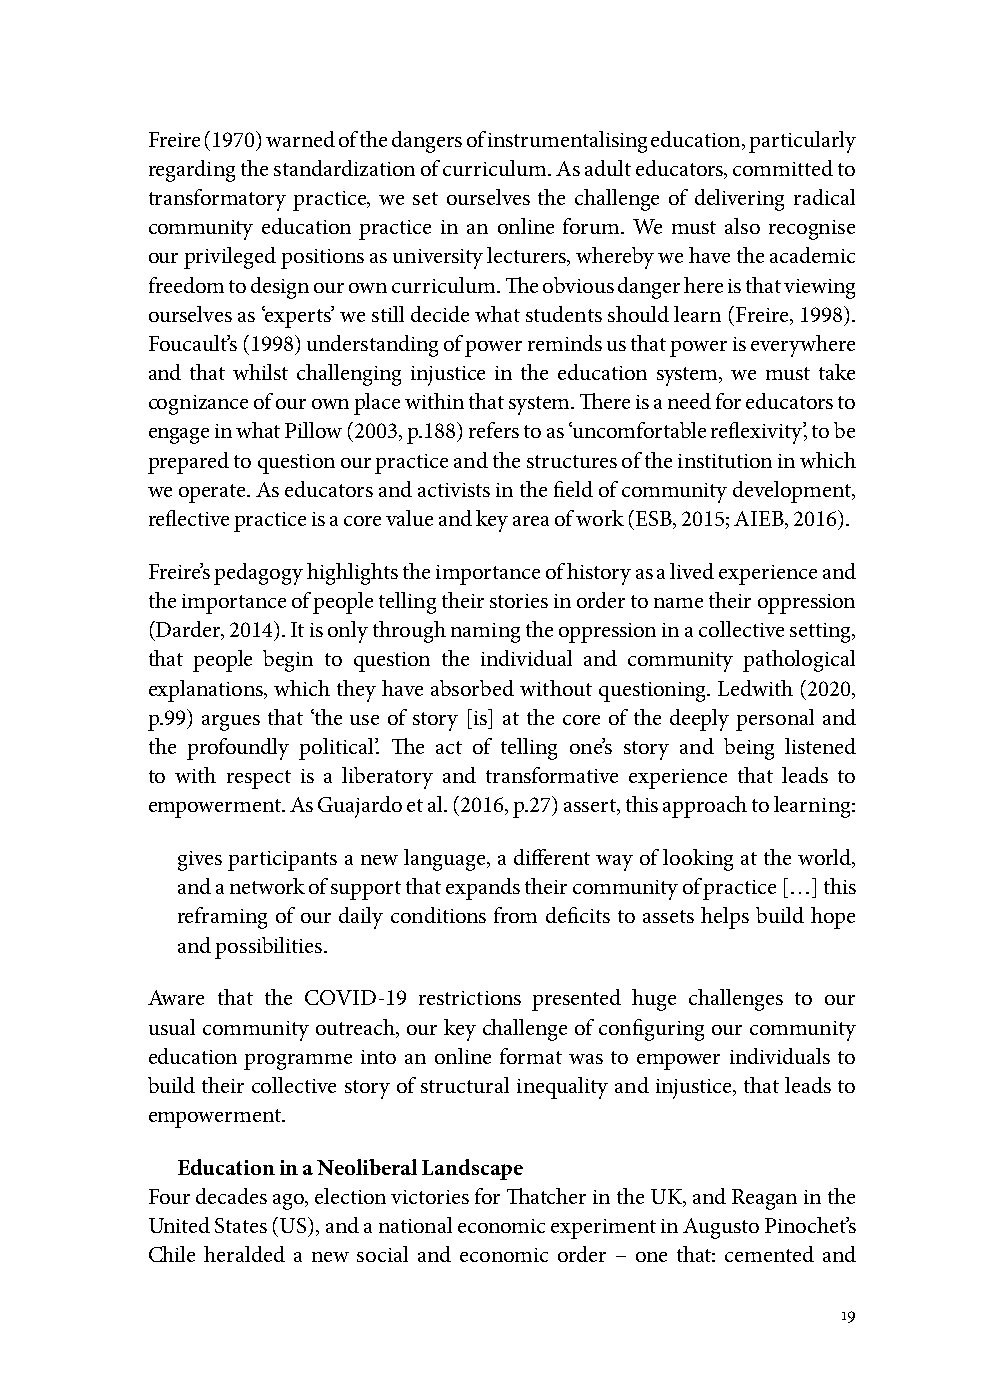
Freire (1970) warned of the dangers of instrumentalising education, particularly
 regarding the standardization of curriculum. As adult educators, committed to
 transformatory practice, we set ourselves the challenge of delivering radical
 community education practice in an online forum. We must also recognise
 our privileged positions as university lecturers, whereby we have the academic
 freedom to design our own curriculum. The obvious danger here is that viewing
 ourselves as ‘experts’ we still decide what students should learn (Freire, 1998).
 Foucault’s (1998) understanding of power reminds us that power is everywhere
 and that whilst challenging injustice in the education system, we must take
 cognizance of our own place within that system. There is a need for educators to
 engage in what Pillow (2003, p.188) refers to as ‘uncomfortable reflexivity’, to be
 prepared to question our practice and the structures of the institution in which
 we operate. As educators and activists in the field of community development,
 reflective practice is a core value and key area of work (ESB, 2015; AIEB, 2016).
 Freire’s pedagogy highlights the importance of history as a lived experience and
 the importance of people telling their stories in order to name their oppression
 (Darder, 2014). It is only through naming the oppression in a collective setting,
 that people begin to question the individual and community pathological
 explanations, which they have absorbed without questioning. Ledwith (2020,
 p.99) argues that ‘the use of story [is] at the core of the deeply personal and
 the profoundly political’. The act of telling one’s story and being listened
 to with respect is a liberatory and transformative experience that leads to
 empowerment. As Guajardo et al. (2016, p.27) assert, this approach to learning:
 gives participants a new language, a different way of looking at the world,
 and a network of support that expands their community of practice […] this
 reframing of our daily conditions from deficits to assets helps build hope
 and possibilities.
 Aware that the COVID-19 restrictions presented huge challenges to our
 usual community outreach, our key challenge of configuring our community
 education programme into an online format was to empower individuals to
 build their collective story of structural inequality and injustice, that leads to
 empowerment.
 Education in a Neoliberal Landscape
 Four decades ago, election victories for Thatcher in the UK, and Reagan in the
 United States (US), and a national economic experiment in Augusto Pinochet’s
 Chile heralded a new social and economic order – one that: cemented and
 19